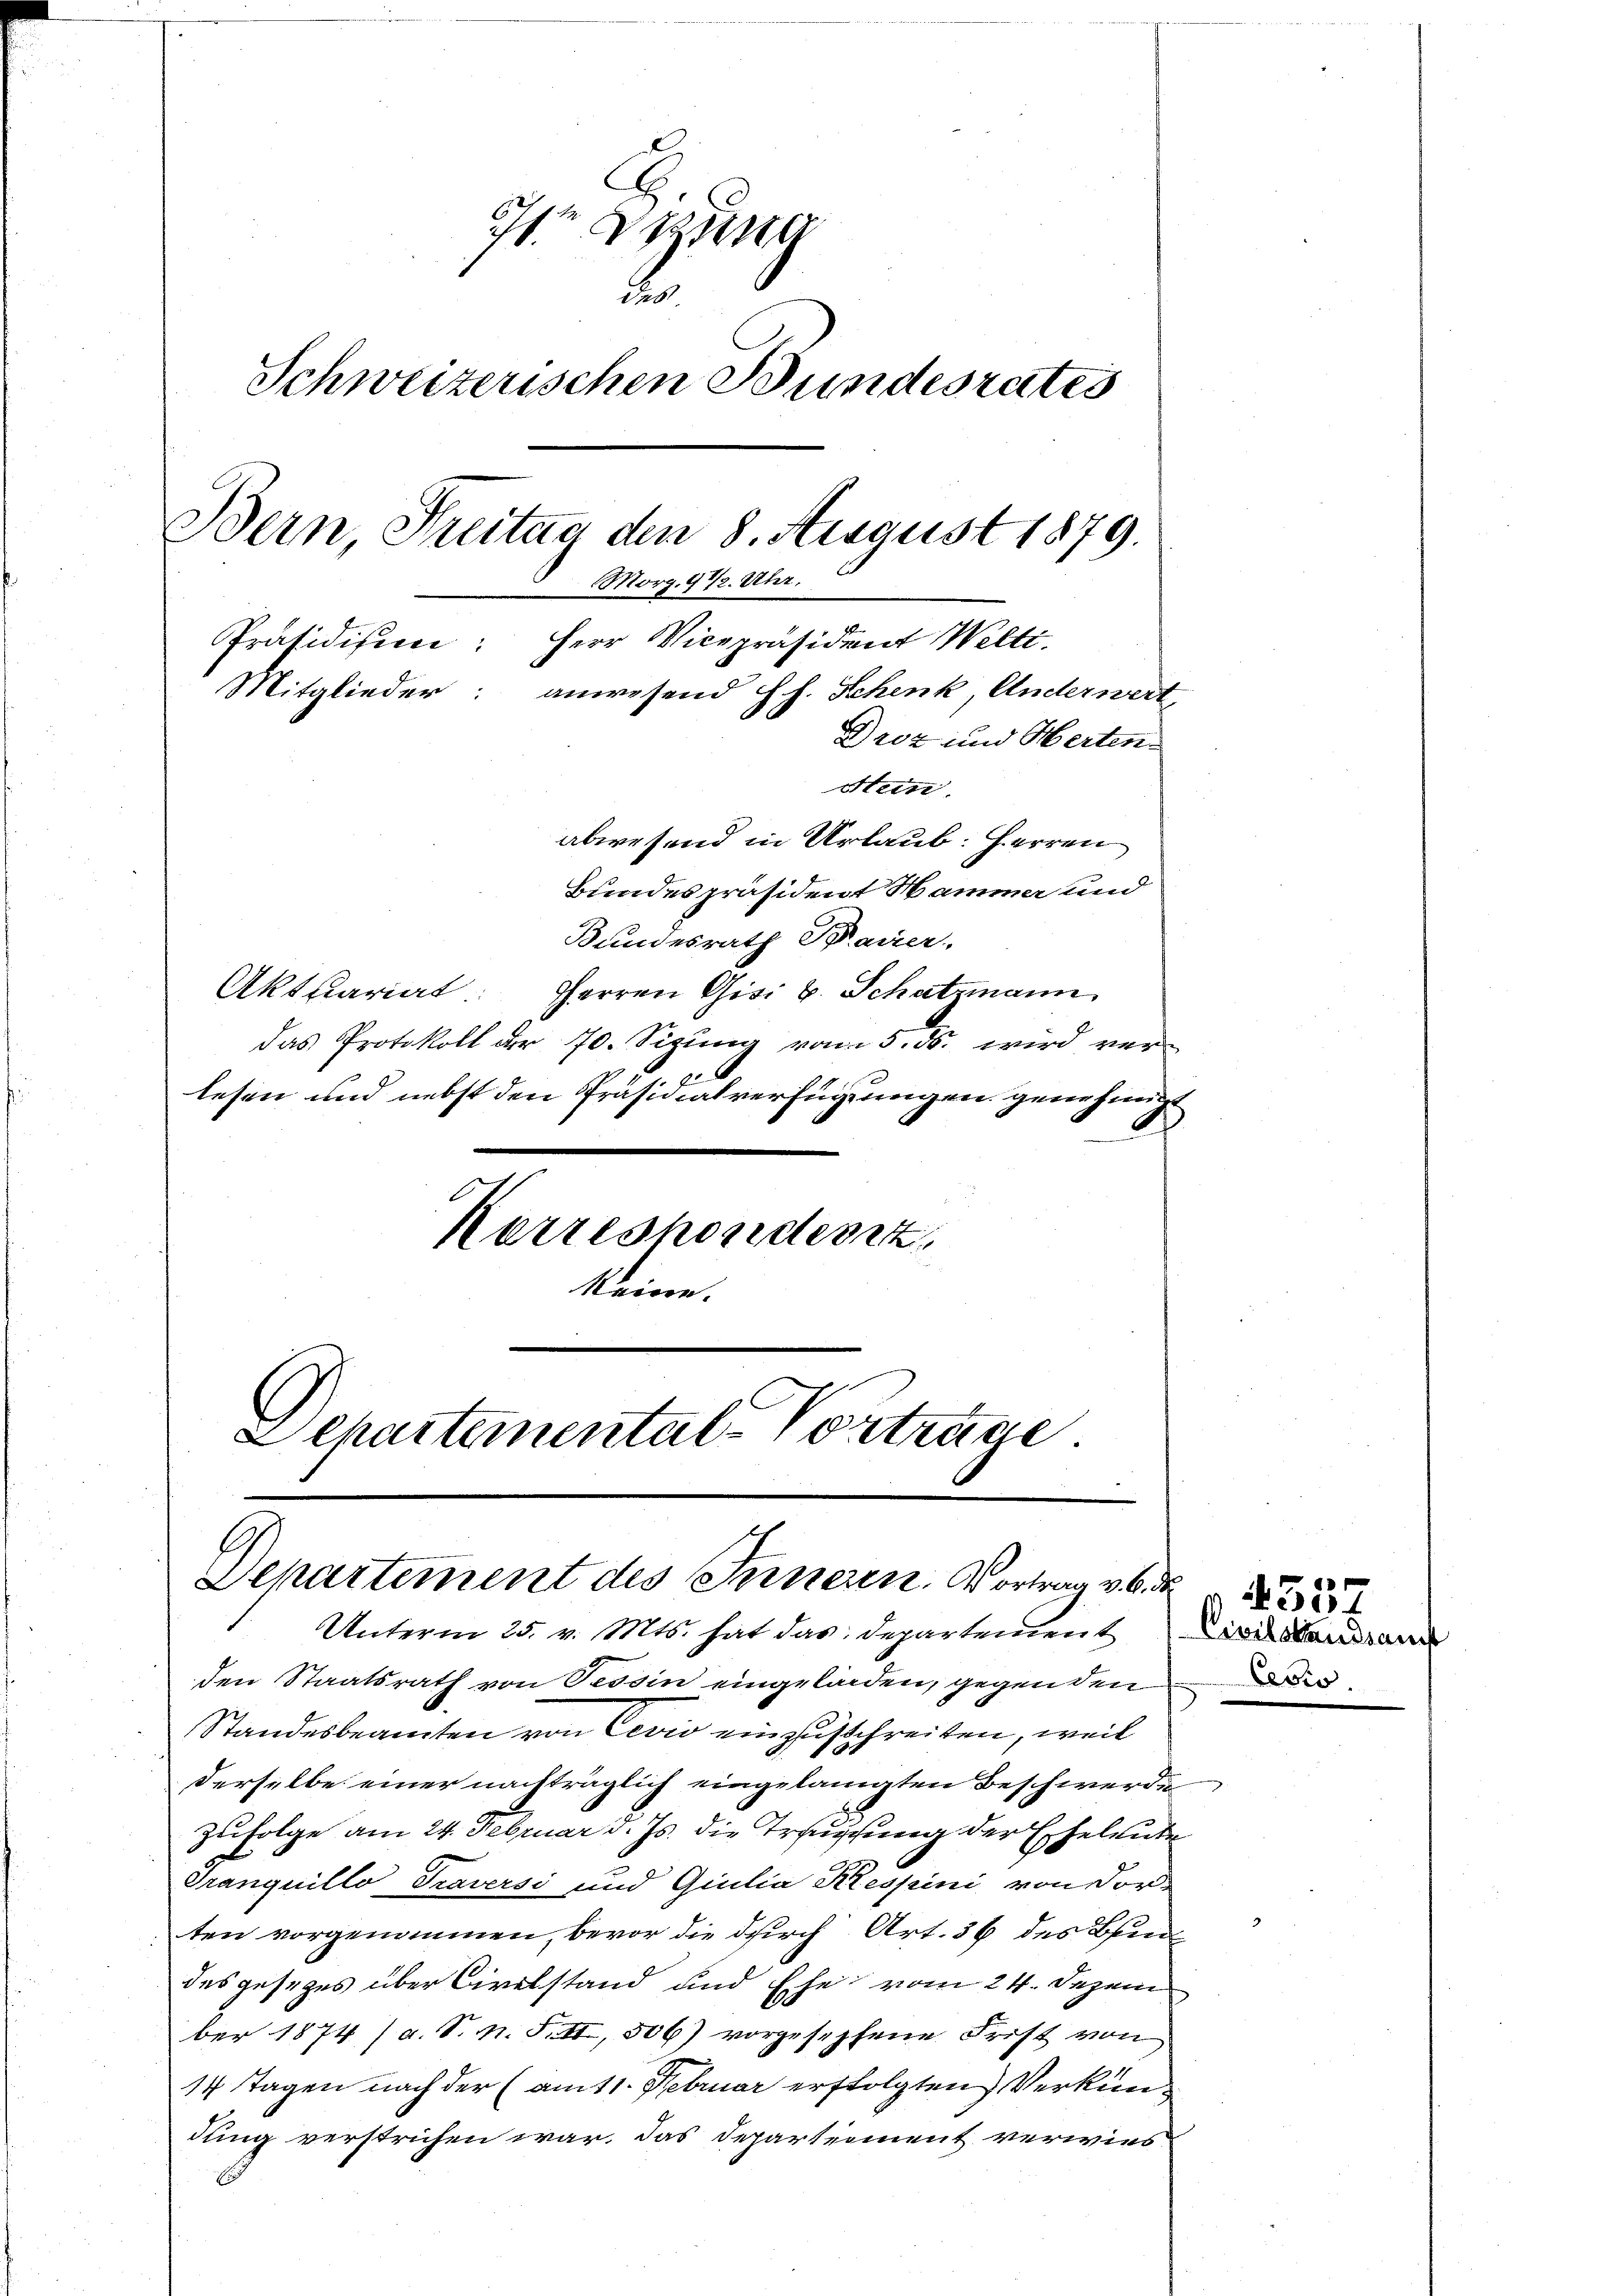
e Druna
d
Schweizerischen Bundesrates
Bern, Freitag den 8. August 1879.
Morg.91/2. Uhr.
Präsidisien: Herr Vicepräsident Welti.
Mitglieder:
anwesend dh. Schenk Anderwert,
Droz und Herten.
Stein.
abwesend in Urlaub: Herren
Bundespräsident Hammer und

Bundesrath Bauer.
Aktuariat. Herren Gisi v. Schatzmann
das Protokoll der 70. Sizung vom 5. ds. wird verlesen und nebst den Präsidialverfügungen genehmigt
Kerreshonderiz
keine.

Schartemental-Vortrage
Departement des Inneren. Vortrag v.

Unterm 25. v. Mts. hat das Departement die Standan
den Staatsrath von Tessin eingeladen, gegenden
Standesbeamten von Cevio einzuschreiben, weil
derselbe einer nachträglich eingelangten Beschwerde
zufolge am 24. Februar d. Js. die Ersuchung der Eheleute
Tranquillo Traversi und Giulia Krespini von dorten vorgenommen, bevor die durch Art. 36 des Ben
des gesezes über Civilstand und Ehe vom 24. Dezem
ber 1874 (a. S. n. F. II, 506) vorgesephene Frist von
14 Tagen nach der (amt1. Februar erfolgten Verkundung verstrichen war. Das Departement verwies

Cevis